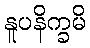
နူပနိက္ခမိ